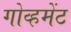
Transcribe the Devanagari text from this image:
गोव्हमेंट